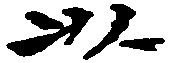
以